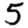
Digit: 5